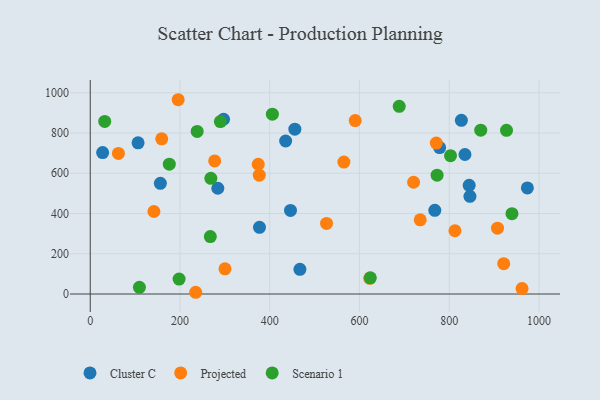
{"axis": {"x": "Speed", "y": "Exam Score"}, "legend": ["Cluster C", "Projected", "Scenario 1"], "data": [{"x": "446.3", "y": 415.5, "type": "Cluster C"}, {"x": "27.6", "y": 702.9, "type": "Cluster C"}, {"x": "827.1", "y": 863.0, "type": "Cluster C"}, {"x": "846.2", "y": 485.3, "type": "Cluster C"}, {"x": "106.6", "y": 751.2, "type": "Cluster C"}, {"x": "156.3", "y": 549.9, "type": "Cluster C"}, {"x": "435.5", "y": 760.3, "type": "Cluster C"}, {"x": "974.2", "y": 527.2, "type": "Cluster C"}, {"x": "297.1", "y": 868.4, "type": "Cluster C"}, {"x": "456.0", "y": 819.1, "type": "Cluster C"}, {"x": "844.5", "y": 540.3, "type": "Cluster C"}, {"x": "767.9", "y": 415.7, "type": "Cluster C"}, {"x": "377.2", "y": 331.5, "type": "Cluster C"}, {"x": "835.1", "y": 693.3, "type": "Cluster C"}, {"x": "467.3", "y": 122.8, "type": "Cluster C"}, {"x": "778.7", "y": 727.7, "type": "Cluster C"}, {"x": "284.3", "y": 525.5, "type": "Cluster C"}, {"x": "526.6", "y": 351.0, "type": "Projected"}, {"x": "720.6", "y": 555.3, "type": "Projected"}, {"x": "622.9", "y": 77.8, "type": "Projected"}, {"x": "771.2", "y": 750.3, "type": "Projected"}, {"x": "962.3", "y": 26.9, "type": "Projected"}, {"x": "300.3", "y": 125.0, "type": "Projected"}, {"x": "376.7", "y": 590.4, "type": "Projected"}, {"x": "907.6", "y": 327.0, "type": "Projected"}, {"x": "196.0", "y": 965.5, "type": "Projected"}, {"x": "590.5", "y": 861.8, "type": "Projected"}, {"x": "235.0", "y": 8.6, "type": "Projected"}, {"x": "141.9", "y": 410.1, "type": "Projected"}, {"x": "159.3", "y": 771.2, "type": "Projected"}, {"x": "735.4", "y": 368.5, "type": "Projected"}, {"x": "277.3", "y": 661.6, "type": "Projected"}, {"x": "565.3", "y": 655.5, "type": "Projected"}, {"x": "62.8", "y": 698.5, "type": "Projected"}, {"x": "812.8", "y": 314.4, "type": "Projected"}, {"x": "374.4", "y": 644.9, "type": "Projected"}, {"x": "921.5", "y": 150.5, "type": "Projected"}, {"x": "290.0", "y": 857.1, "type": "Scenario 1"}, {"x": "198.0", "y": 74.3, "type": "Scenario 1"}, {"x": "927.7", "y": 813.6, "type": "Scenario 1"}, {"x": "405.9", "y": 893.6, "type": "Scenario 1"}, {"x": "624.2", "y": 80.4, "type": "Scenario 1"}, {"x": "176.2", "y": 645.2, "type": "Scenario 1"}, {"x": "688.6", "y": 932.8, "type": "Scenario 1"}, {"x": "802.9", "y": 687.3, "type": "Scenario 1"}, {"x": "267.6", "y": 285.6, "type": "Scenario 1"}, {"x": "870.3", "y": 814.4, "type": "Scenario 1"}, {"x": "32.3", "y": 857.9, "type": "Scenario 1"}, {"x": "238.3", "y": 808.1, "type": "Scenario 1"}, {"x": "268.8", "y": 574.8, "type": "Scenario 1"}, {"x": "109.6", "y": 33.2, "type": "Scenario 1"}, {"x": "773.0", "y": 590.3, "type": "Scenario 1"}, {"x": "939.9", "y": 399.0, "type": "Scenario 1"}]}